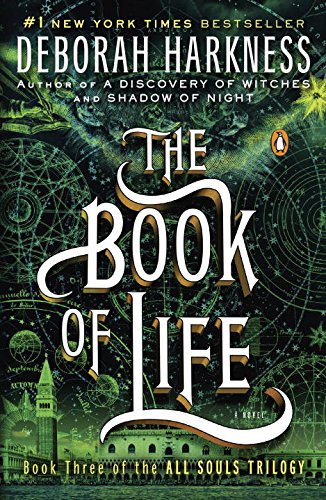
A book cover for The Book of Life: A Novel (All Souls Trilogy); Deborah Harkness; Science Fiction & Fantasy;